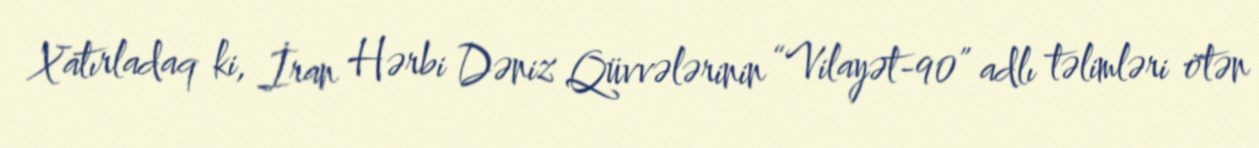
Xatırladaq ki, İran Hərbi Dəniz Qüvvələrinin “Vilayət-90” adlı təlimləri ötən